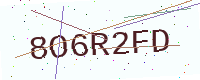
Text: 8O6R2FD